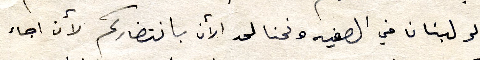
الى لبنان في الصفيه ونحنا لحد الأن بانتظاركم لأن اجاء